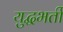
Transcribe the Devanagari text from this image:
युद्धभर्ती